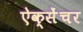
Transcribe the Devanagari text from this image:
ऐक्सेंचर